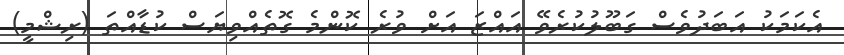
އެކަމަކު އަބަދުވެސް ގަބޫލުކުރެވޭ އައްޒަ އަށް ވުރެ ކޮންމެ ގޮތެއްވިޔަސް ކުޑާއްތަ (ރިޝްމީ)